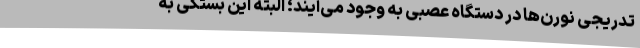
تدریجی نورن‌ها در دستگاه عصبی به وجود می‌آیند؛ البته این بستگی به